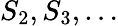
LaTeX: S_{2},S_{3},\ldots